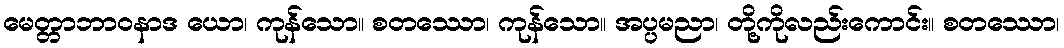
မေတ္တာဘာဝနာဒ ယော၊ ကုန်သော။ စတဿော၊ ကုန်သော။ အပ္ပမညာ၊ တို့ကိုလည်းကောင်း။ စတဿော၊